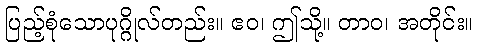
ပြည့်စုံသောပုဂ္ဂိုလ်တည်း။ ဧဝ၊ ဤသို့။ တာဝ၊ အတိုင်း။